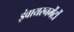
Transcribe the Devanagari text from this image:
इंवायरनमेंटों